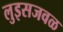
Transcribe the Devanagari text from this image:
लुइसजवळ